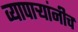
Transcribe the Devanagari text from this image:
व्यापाऱ्यांनीच